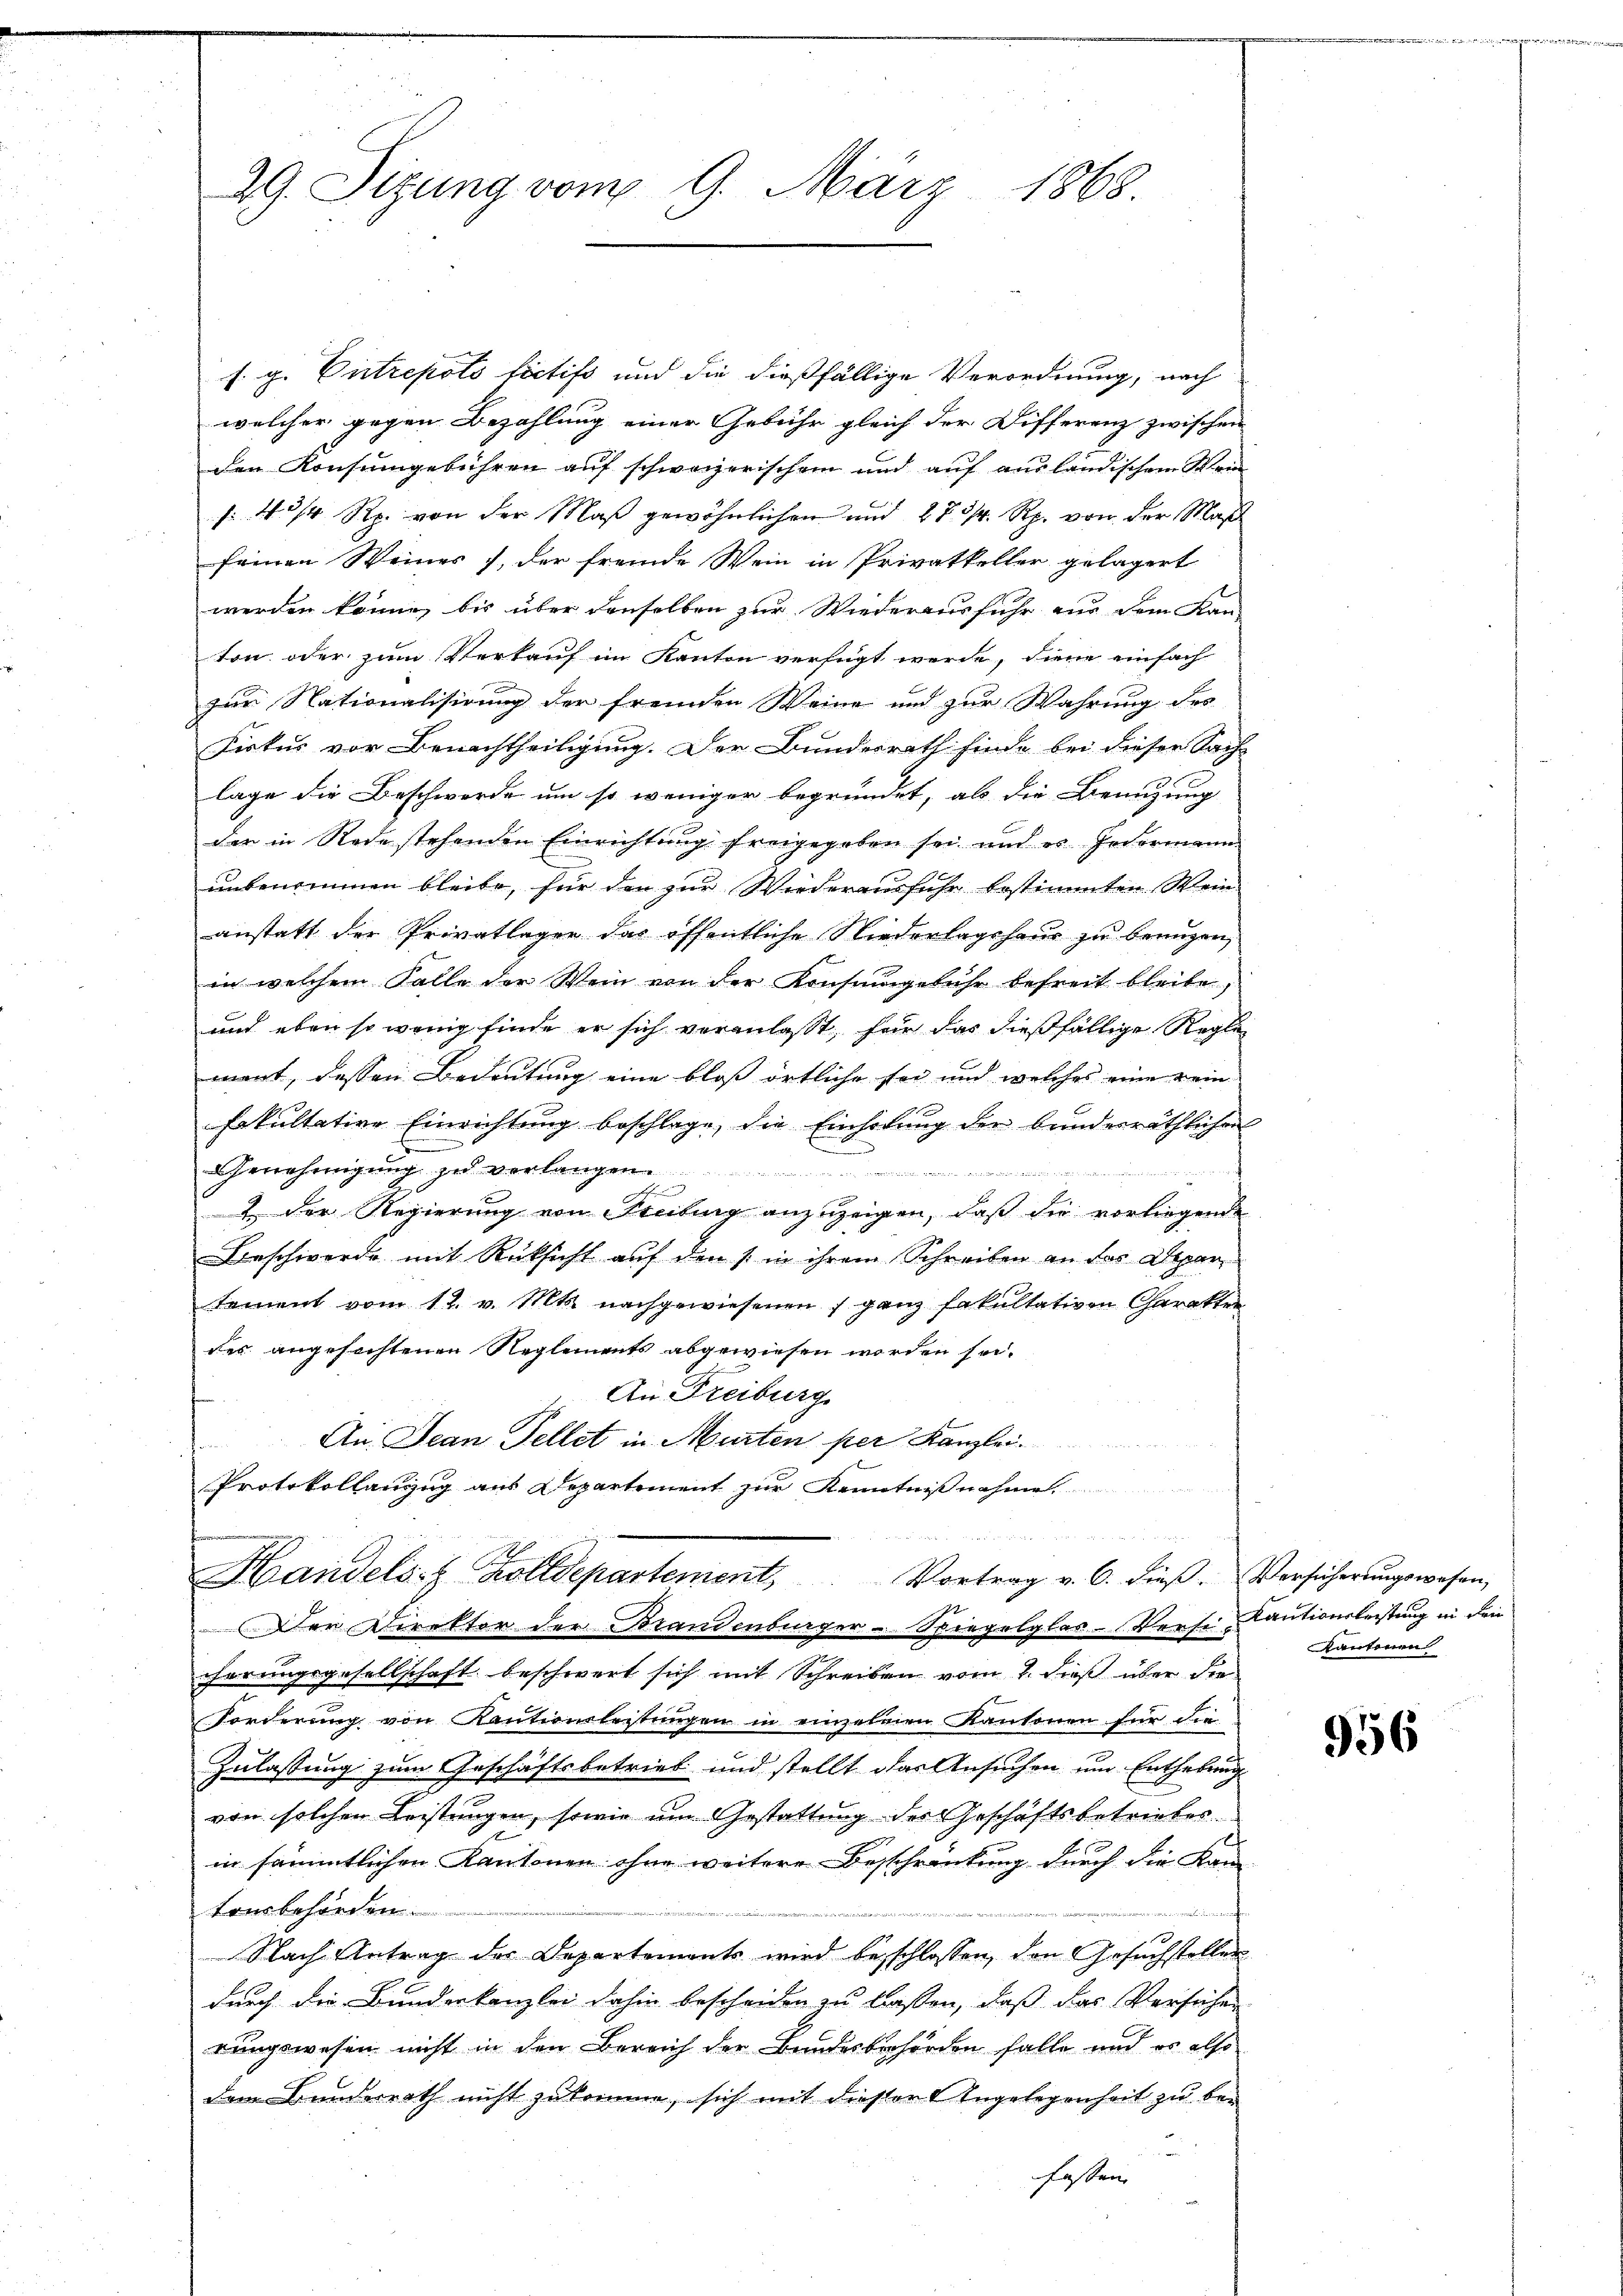
29. Sizung vom 9. März 1868.

s. g. Entrepots fictifs und die dießfällige Verordnung, nach
welcher gegen Bezahlung einer Gebühr gleich der Differenz zwischen
den Konsumgebühren auf schweizerischem und auf ausländischem Wein
s W Rp. von der Maß gewöhnlichen und 27 3/4 Rp. von der Maß
feinen Weines), der fremde Wein in Privatkeller gelagert
werden könne, bis über denselben zur Wiederausfuhr aus dem Kan-
ton oder zum Verkauf im Kanton verfügt werde, diene einfach
zur Nationalisirung der fremden Weine und zur Wahrung des
Firtus vor Benachtheiligung. Der Bundesrath finde bei dieser Sach-
lage die Beschwerde um so weniger begründet, als die Benuzung
der in Rede stehenden Einrichtung freigegeben sei und es jedermann
unbenommen bleibe, für den zur Wiederausfuhr bestimmten Wein
anstatt der Privatlager das öffentliche Niederlagshaus zu benuzen,
in welchem Falle der Wein von der Konsumgebühr befreit bleibe,
und eben so wenig finde er sich veranlasst, für das dießfällige Reglement, dessen Bedeutung eine bloß örtliche sei und welches eine rein
Fakultative Einrichtung beschlage, die Einholung der bunderräthlichen
Genehmigung zu verlangen.
 eine an der diesen und
2. Der Regierung von Feutung anzuzeigen, daß die vorliegende
Beschwerde mit Rücksicht auf den /: in ihrem Schreiben an das Depar
sement vom 11. v. Mts. nachgewiesenen ganz fakultativen Charakter
des angefochtenen Reglements abgewiesen worden sei.
An Freiburg
An. Jean Fellet in Murten per Kanzlei.
t
Protokollanzug aus Departement zur Kenntnißnahme

Handels- & Zolldepartement, Vortrag v. 6. dieβ. Vorsicherungswesen,
Der Direktor der Brandenburger-Spiegelglas-Versi Cautionsleistung in den
cherungsgesellschaft beschwert sich mit Schreiben vom 2. dieß über die
Forderung von Kautionsleistungen in einzelnen Kantonen für die
Zulassung zum Geschäftsbetrieb und stellt das Ansuchen um Enthebung
von solchen Leistungen, sowie um Gestattung des Geschäftsbetriebes
in sämmtlichen Kantonen ohne weitere Beschränkung durch die Kan-
tonsbehörden.
14
Nach Antrag der Departements wird besschlossen, den Gesuchsteller
durch die Bunderkanzlei dahin bescheiden zu lassen, daß das Versichen
rungswesen nicht in den Bereich der Bundesbehörden falle und es also
dem Bundesrath nicht zukomme, sich mit dieser Angelegenheit zu be¬

fassen

Kantonen

956